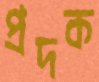
প্রদক